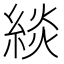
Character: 緂